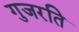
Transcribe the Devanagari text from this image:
गुजरति